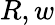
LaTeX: R,w